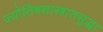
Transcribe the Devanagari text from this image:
ज्योतिषशास्त्रातसुद्धा